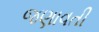
જણાવતી